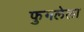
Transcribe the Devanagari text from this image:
फुगलेला